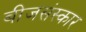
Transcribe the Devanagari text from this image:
बीजसंस्कार